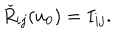
\check { R } _ { i j } ( u _ { 0 } ) = I _ { i j } .